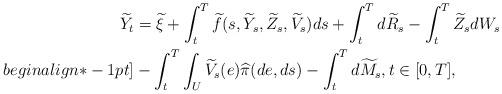
LaTeX: \begin{align*}\widetilde{Y}_t&=\widetilde{\xi}+\int^T_t\widetilde {f}(s,\widetilde{Y}_s,\widetilde{Z}_s,\widetilde{V}_s) ds+\int_t^Td\widetilde{R}_s -\int^T_t\widetilde{Z}_s dW_s\\begin{align*}-1pt]&-\int_{t}^{T}\int_U\widetilde{V}_{s}(e)\widehat\pi(de,ds)-\int_t^Td\widetilde{M}_s,t\in[0,T],\end{align*}